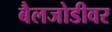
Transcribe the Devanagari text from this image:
बैलजोडीवर